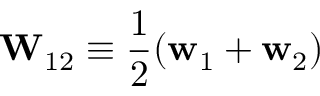
\mathbf { W } _ { 1 2 } \equiv \frac { 1 } { 2 } ( \mathbf { w } _ { 1 } + \mathbf { w } _ { 2 } )